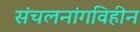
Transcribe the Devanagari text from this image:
संचलनांगविहीन